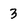
Character: 3